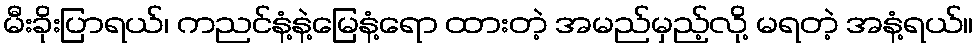
မီးခိုးပြာရယ်၊ ကညင်နံ့နဲ့မြေနံ့ရော ထားတဲ့ အမည်မှည့်လို့ မရတဲ့ အနံ့ရယ်။